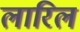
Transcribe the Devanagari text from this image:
लारिल